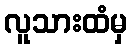
လူသားထံမှ